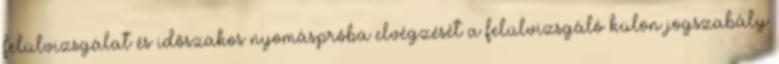
felülvizsgálat és idõszakos nyomáspróba elvégzését a felülvizsgáló külön jogszabály